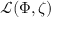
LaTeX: { \mathcal { L } } ( \Phi , \zeta )